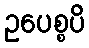
ဥပေစ္စပိ